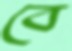
বে